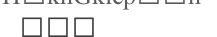
١٣٤